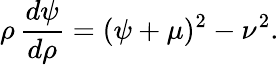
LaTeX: \rho\, \frac{d\psi}{d\rho}=(\psi+\mu)^{2}-\nu^{2}.